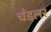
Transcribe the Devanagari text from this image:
चँडलर